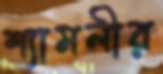
শ্যামলীর